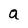
Character: a